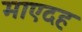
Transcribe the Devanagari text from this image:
माएदह